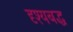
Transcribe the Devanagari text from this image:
दृश्यबद्ध